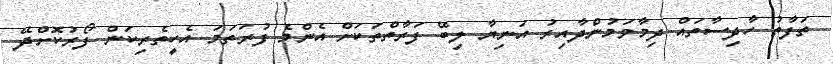
ތަފާތު ހާދިސާތައް ދިމާވަމުންދާއިރު އަނިޔާ ލިބޭ ފަރާތްތަކަށް އެންމެ ފުރަތަމަ އެހީތެރިކަން ފޯރުކޮށްދޭ